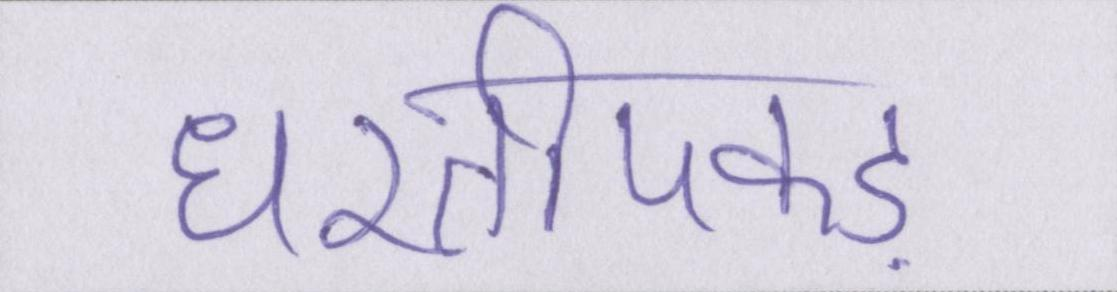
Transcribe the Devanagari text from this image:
धरतीपकड़